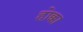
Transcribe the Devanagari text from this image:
होक्का